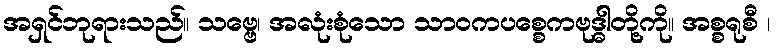
အရှင်ဘုရားသည်။ သဗ္ဗေ၊ အလုံးစုံသော သာဝကပစ္စေကဗုဒ္ဓါတို့ကို။ အစ္စရုစီ ၊